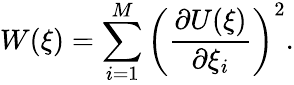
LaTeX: W(\xi)=\sum_{i=1}^{M}\left(\frac{\partial U(\xi)}{\partial\xi_{i}}\right)^{2}.